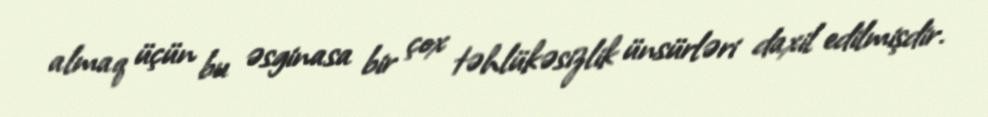
almaq üçün bu əsginasa bir çox təhlükəsizlik ünsürləri daxil edilmişdir.